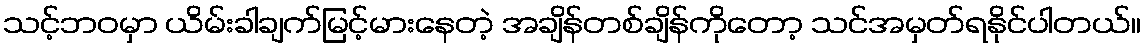
သင့်ဘဝမှာ ယိမ်းခါချက်မြင့်မားနေတဲ့ အချိန်တစ်ချိန်ကိုတော့ သင်အမှတ်ရနိုင်ပါတယ်။